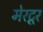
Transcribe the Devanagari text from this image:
मेरटूर